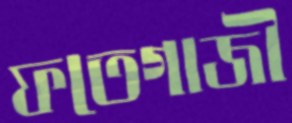
ফতেগাজী